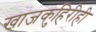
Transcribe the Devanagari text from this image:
खाजकुहिरीही